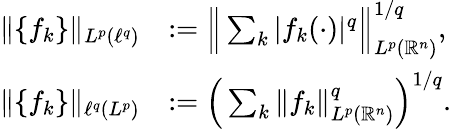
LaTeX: \begin{array}{rl}{\| \{ f_{k}\} \| _{L^{p}(\ell^{q})}}&{:=\Big\| \sum_{k}|f_{k}(\cdot)|^{q}\Big\| _{L^{p}(\mathbb{R}^{n})}^{1/q},}\\ {\| \{ f_{k}\} \| _{\ell^{q}(L^{p})}}&{:=\Big(\sum_{k}\| f_{k}\| _{L^{p}(\mathbb{R}^{n})}^{q}\Big)^{1/q}.}\end{array}